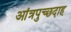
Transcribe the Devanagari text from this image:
आंत्रपुच्छदाह